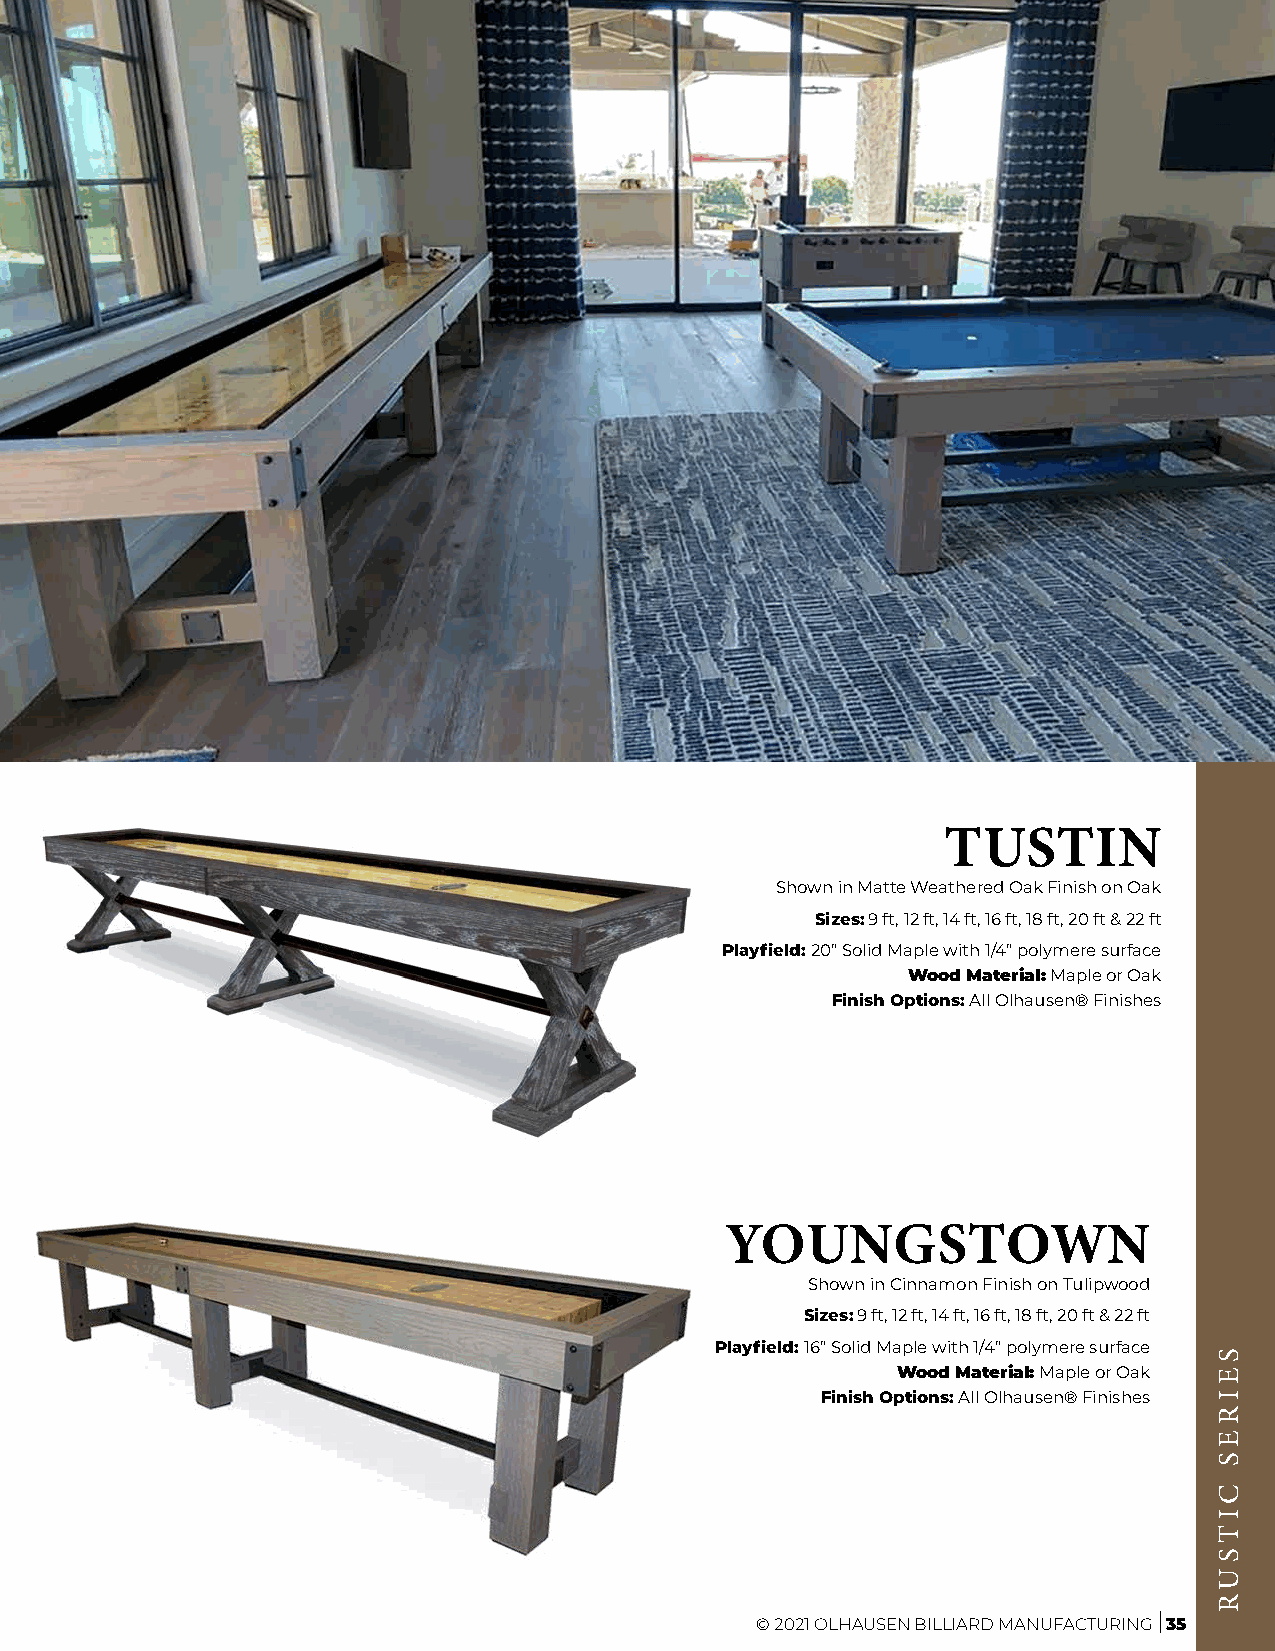
TUSTIN
 Shown in Matte Weathered Oak Finish on Oak
 Sizes: 9 ft, 12 ft, 14 ft, 16 ft, 18 ft, 20 ft & 22 ft
 Playfield: 20” Solid Maple with 1/4” polymere surface
 Wood Material: Maple or Oak
 Finish Options: All Olhausen® Finishes
 YOUNGSTOWN
 Shown in Cinnamon Finish on Tulipwood
 Sizes: 9 ft, 12 ft, 14 ft, 16 ft, 18 ft, 20 ft & 22 ft
 Playfield: 16” Solid Maple with 1/4” polymere surface
 Wood Material: Maple or Oak
 Finish Options: All Olhausen® Finishes
 © 2021 OLHAUSEN BILLIARD MANUFACTURING 35
 SEIRES
 CITSUR